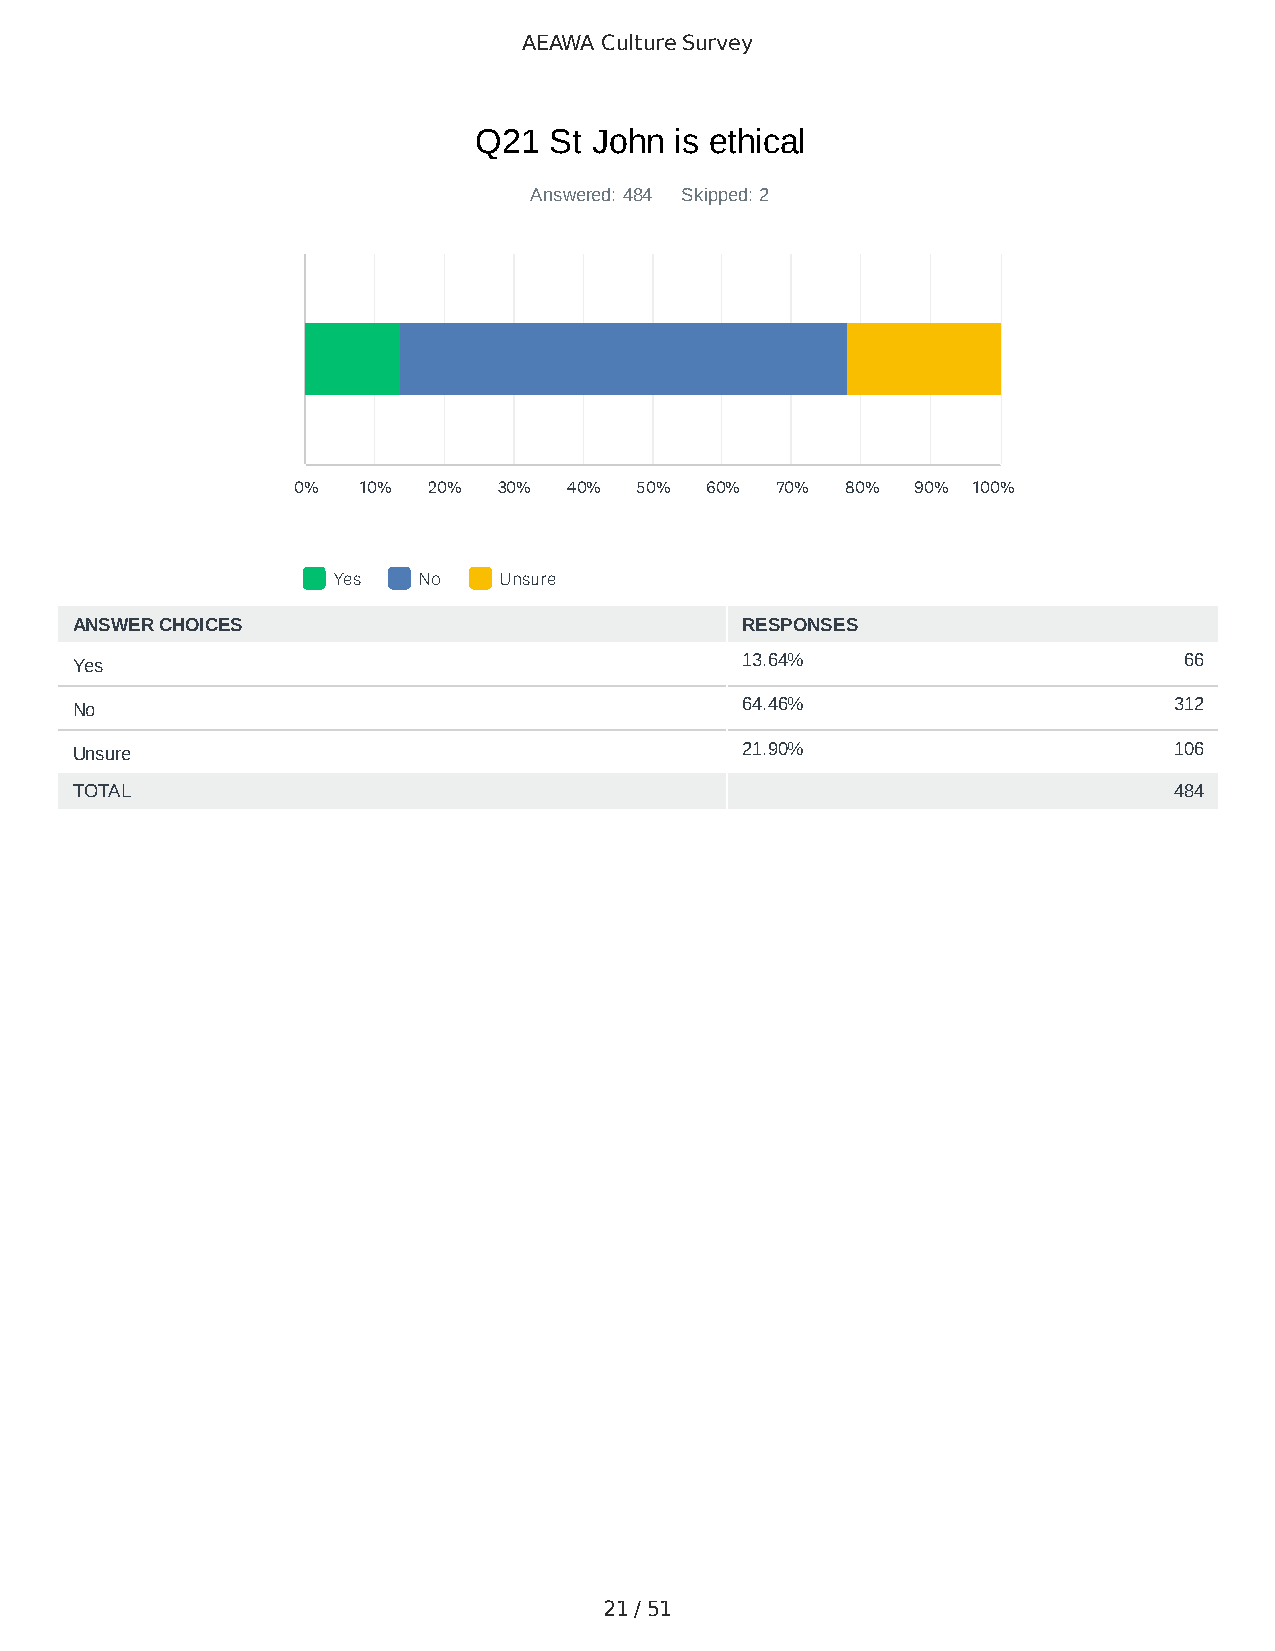
AEAWA Culture Survey
 Q21  St John  is ethical
 Answered: 484 Skipped: 2
 0%   10% 20%  30%  40% 50%  60% 70%  80%  90% 100%
 Yes   No   Unsure
 ANSWER CHOICES                              RESPONSES
 Yes                                         13.64%                       66
 No                                          64.46%                       312
 Unsure                                      21.90%                       106
 TOTAL                                                                    484
 21 / 51